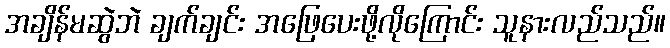
အချိန်မဆွဲဘဲ ချက်ချင်း အဖြေပေးဖို့လိုကြောင်း သူနားလည်သည်။